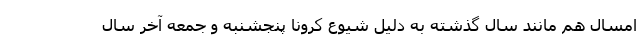
امسال هم مانند سال گذشته به دلیل شیوع کرونا پنجشنبه و جمعه آخر سال